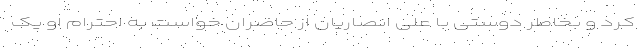
کرد و بخاطر دوستی با علی انصاریان از حاضران خواست به احترام او یک